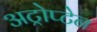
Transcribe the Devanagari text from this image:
अट्रोप्टेन